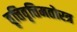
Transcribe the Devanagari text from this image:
वृत्तिवृत्तिमतोरत्र